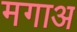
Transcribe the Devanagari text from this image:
मगाअ